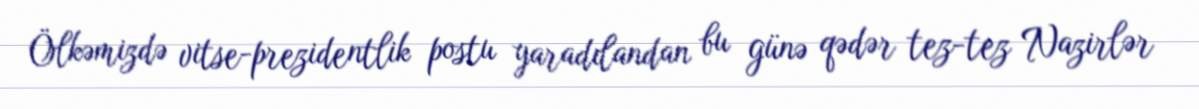
Ölkəmizdə vitse-prezidentlik postu yaradılandan bu günə qədər tez-tez Nazirlər